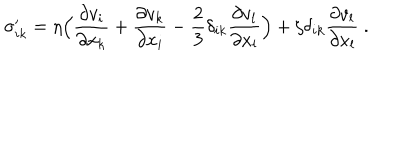
LaTeX: \sigma _ { i k } ^ { \prime } = \eta \Bigl ( { \frac { \partial v _ { i } } { \partial x _ { k } } } + { \frac { \partial v _ { k } } { \partial x _ { i } } } - { \frac { 2 } { 3 } } \delta _ { i k } { \frac { \partial v _ { l } } { \partial x _ { l } } } \Bigr ) + \zeta \delta _ { i k } { \frac { \partial v _ { l } } { \partial x _ { l } } } \ .